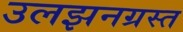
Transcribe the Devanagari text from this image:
उलझनग्रस्त